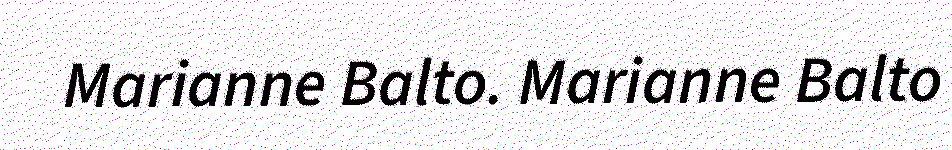
Marianne Balto. Marianne Balto